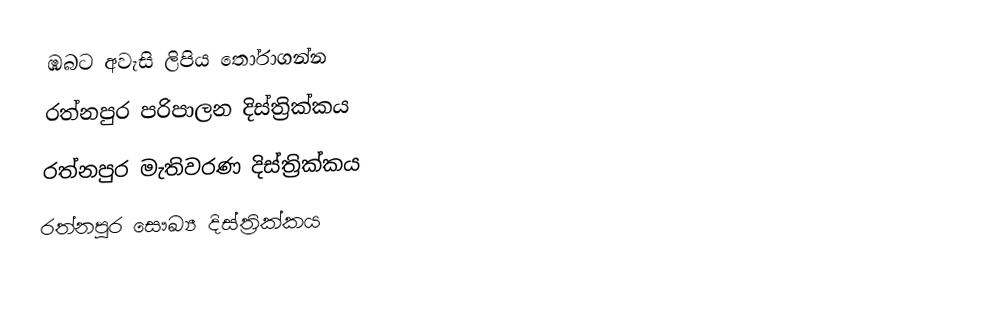
ඹබට අවැසි ලිපිය තෝරාගන්න
 රත්නපුර පරිපාලන දිස්ත්‍රික්කය
 රත්නපුර මැතිවරණ දිස්ත්‍රික්කය
 රත්නපුර සෞඛ්‍ය දිස්ත්‍රික්කය